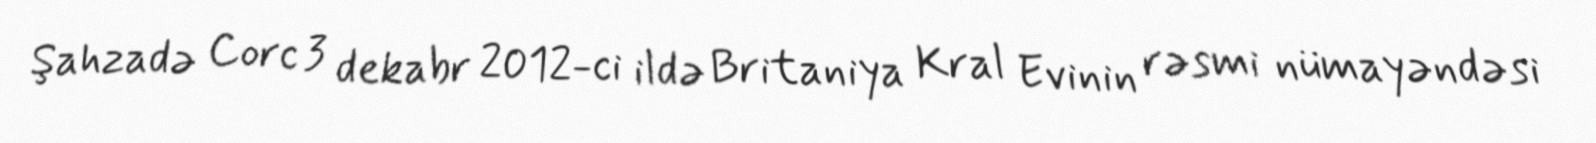
Şahzadə Corc 3 dekabr 2012-ci ildə Britaniya Kral Evinin rəsmi nümayəndəsi